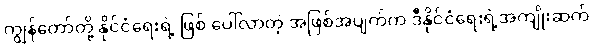
ကျွန်တော်တို့ နိုင်ငံရေးရဲ့ ဖြစ် ပေါ်လာတဲ့ အဖြစ်အပျက်က ဒီနိုင်ငံရေးရဲ့အကျိုးဆက်